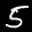
Label: 5